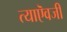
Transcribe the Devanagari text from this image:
त्याऎवजी